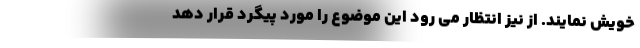
خویش نمایند. از نیز انتظار می رود این موضوع را مورد پیگرد قرار دهد